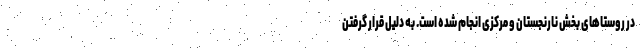
در روستاهای بخش نارنجستان و مرکزی انجام شده است. به دلیل قرار گرفتن